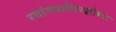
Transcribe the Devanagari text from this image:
रथांगपाणिरक्षोभ्यः